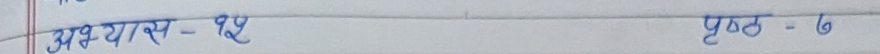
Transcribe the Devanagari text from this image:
अभ्यास - ३१ पृष्ठ - ७